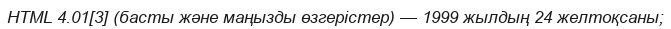
HTML 4.01[3] (басты және маңызды өзгерістер) — 1999 жылдың 24 желтоқсаны;